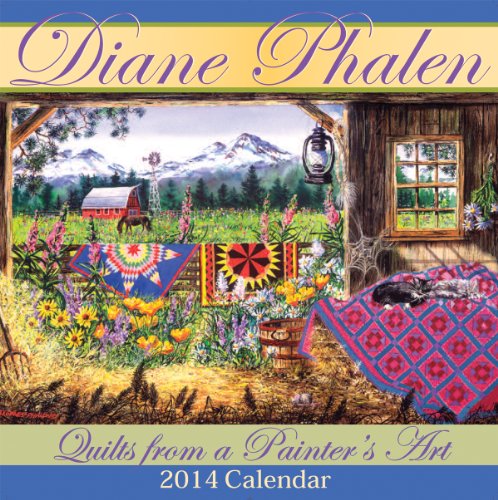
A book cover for Quilts From A Painter's Art 2014 Calendar; Diane Phalen; Calendars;